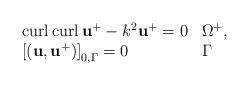
LaTeX: \begin{align*}\begin{array}[c]{ll}\operatorname*{curl}\operatorname{curl}\mathbf{u}^{+}-k^{2}\mathbf{u}^{+}=0 &\Omega^{+},\\\left[ \left( \mathbf{u},\mathbf{u}^{+}\right) \right] _{0,\Gamma}=0 &\Gamma\end{array}\end{align*}